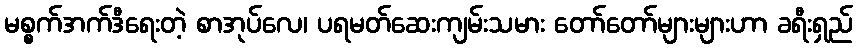
မစ္စက်အက်ဒီရေးတဲ့ စာအုပ်လေ၊ ပရမတ်ဆေးကျမ်းသမား တော်တော်များများဟာ ခရီးရှည်